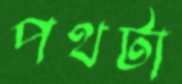
পথটা